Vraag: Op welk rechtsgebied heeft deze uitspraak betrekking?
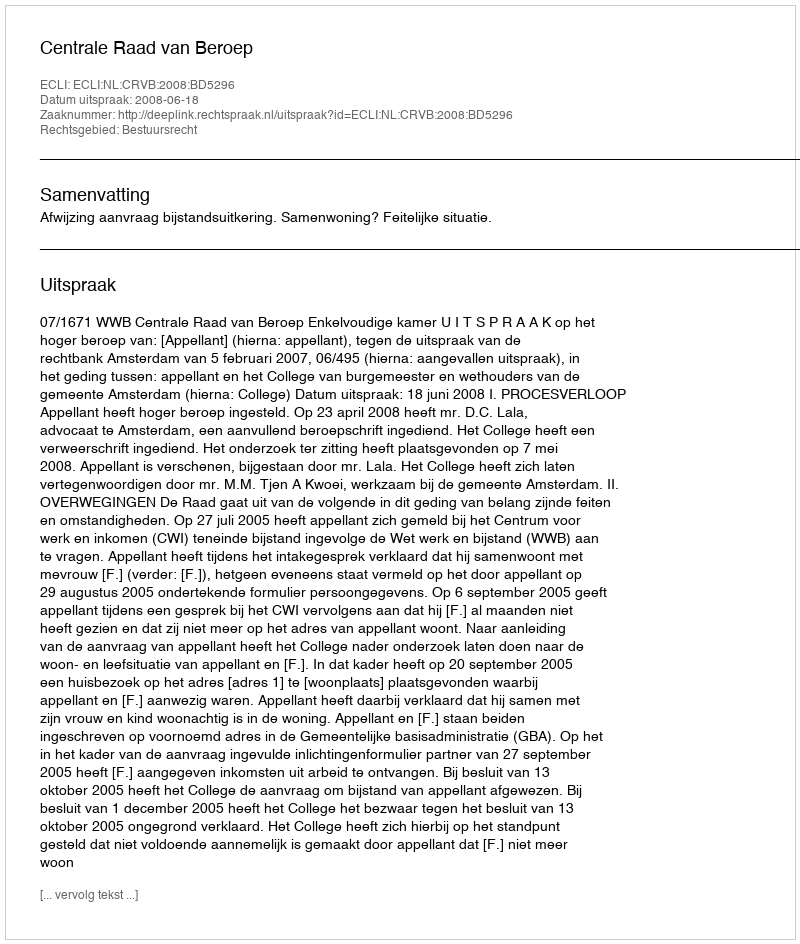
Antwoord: Bestuursrecht